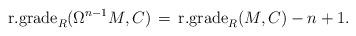
LaTeX: \begin{align*}\textrm{r.grade}_R(\Omega^{n-1} M, C) \, = \, \textrm{r.grade}_R(M, C) - n + 1.\end{align*}